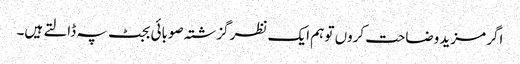
اگر مزید وضاحت کروں تو ہم ایک نظر گزشتہ صوبائی بجٹ پہ ڈالتے ہیں۔